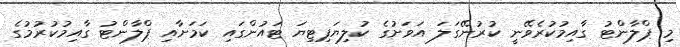
މި ޕްލާންޓު ގާއިމުކުރެވޭނީ ކުރުނޭގަލަ އަވަށުގެ ކުލިޔަޕިޓިޔަ ޓައުންގައި ކަމަށާއި ޕްލާންޓު ގާއިމުކުރުމުގެ